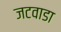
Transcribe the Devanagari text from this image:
जटवाडा